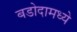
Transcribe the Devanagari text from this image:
बडोदामध्ये